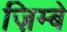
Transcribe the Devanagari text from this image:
ज़िम्बे